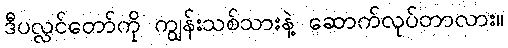
ဒီပလ္လင်တော်ကို ကျွန်းသစ်သားနဲ့ ဆောက်လုပ်တာလား။